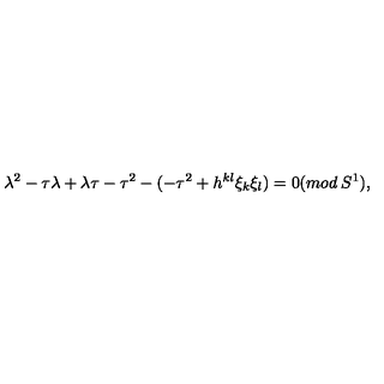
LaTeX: \lambda ^ { 2 } - \tau \lambda + \lambda \tau - \tau ^ { 2 } - ( - \tau ^ { 2 } + h ^ { k l } \xi _ { k } \xi _ { l } ) = 0 ( m o d \: S ^ { 1 } ) ,